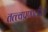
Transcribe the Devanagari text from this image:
तत्त्वप्रणालीला